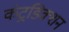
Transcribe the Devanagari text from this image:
कंट्रडिक्शन